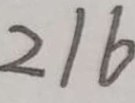
2 1 6